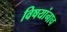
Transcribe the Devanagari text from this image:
विषयांनाच